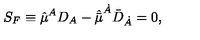
S _ { F } \equiv \hat { \mu } ^ { A } D _ { A } - \hat { \bar { \mu } } ^ { \dot { A } } { \bar { D } } _ { \dot { A } } = 0 ,